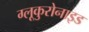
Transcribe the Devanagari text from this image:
ग्लूकुरोनाइड